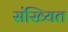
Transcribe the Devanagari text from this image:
संख्यित